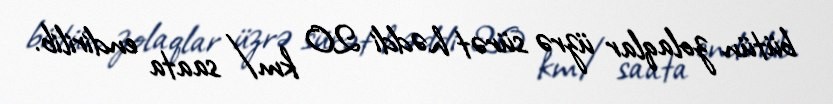
bütün zolaqlar üzrə sürət həddi 20 km/saata endirilib.